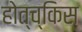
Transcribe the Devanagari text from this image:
होत्च्किस